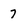
Character: 7